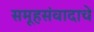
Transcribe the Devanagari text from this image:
समूहसंवादाचे